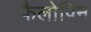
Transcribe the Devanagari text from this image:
फैलोपिन